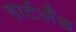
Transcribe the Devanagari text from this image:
हार्टलँड